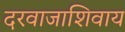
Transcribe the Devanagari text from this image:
दरवाजाशिवाय